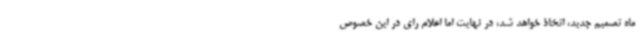
ماه تصمیم جدید، اتخاذ خواهد شد، در نهایت اما اعلام رای در این خصوص